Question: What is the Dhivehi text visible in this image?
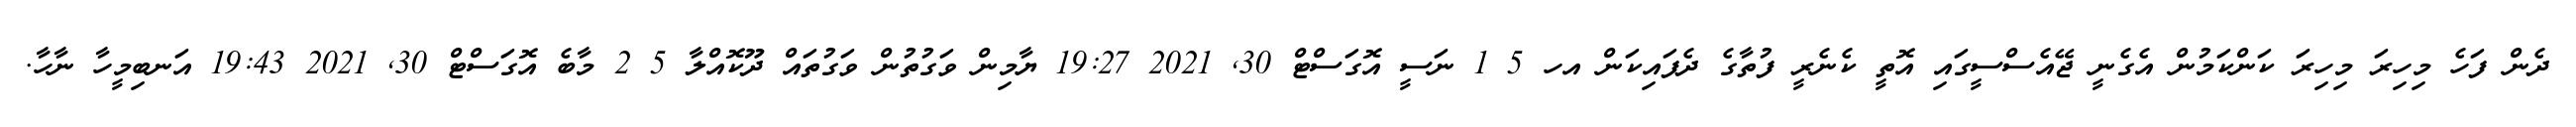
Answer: ދެން ފަހެ މިހިރަ މިހިރަ ކަންކަމުން އެގެނީ ޖޭއެސްސީގައި އޮތީ ކެނެރީ ފުތާގެ ދެފައިކަން އހ 5 1 ނަސީ އޮގަސްޓް 30, 2021 19:27 ޔާމިން ވަގުތުން ވަގުތައް ދޫކޮއްލާ 5 2 މާބެ އޮގަސްޓް 30, 2021 19:43 އަނބިމީހާ ނާހާ.